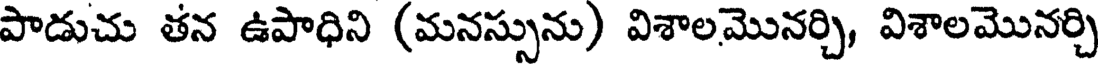
పాడుచు తన ఉపాధిని (మనస్సును) విశాలమొనర్చి, విశాలమొనర్చి